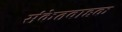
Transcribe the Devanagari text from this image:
संकेतवाहक